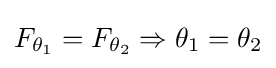
F_{\theta _{1}}=F_{\theta _{2}}\Rightarrow \theta _{1}=\theta _{2}